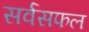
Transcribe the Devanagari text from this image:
सर्वसफल